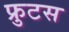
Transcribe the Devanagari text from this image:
फ्रुटस